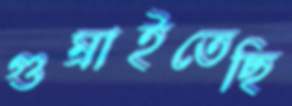
গুম্‌রাইতেছি